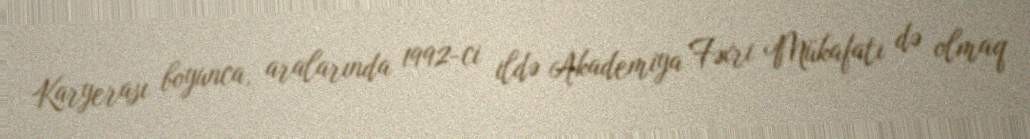
Karyerası boyunca, aralarında 1992-ci ildə Akademiya Fəxri Mükafatı də olmaq